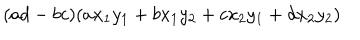
( a d - b c ) ( a x _ { 1 } y _ { 1 } + b x _ { 1 } y _ { 2 } + c x _ { 2 } y _ { 1 } + d x _ { 2 } y _ { 2 } )